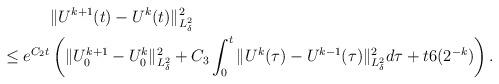
LaTeX: \begin{align*} & \|U^{k+1}(t)-U^{k}(t)\|_{L_\delta^2}^2\\ \leq e^{C_2t} & \left( \|U_0^{k+1}-U_0^k\|_{L^2_\delta}^2+ C_3\int_0^t \|U^{k}(\tau)-U^{k-1}(\tau)\|_{L_\delta^2}^2d\tau+ t6(2^{-k})\right). \end{align*}